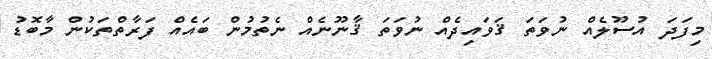
މިފަދަ އުސޫލެއް ނުވަތަ ޤަވައިދެއް ނުވަތަ ޤާނޫނެއް ނެތުމުން ބައެއް ފަރާތްތަކުން މާބޮޑު